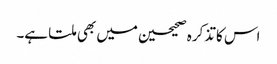
اس کا تذکرہ صحیحین میں بھی ملتا ہے۔